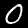
Digit: 0